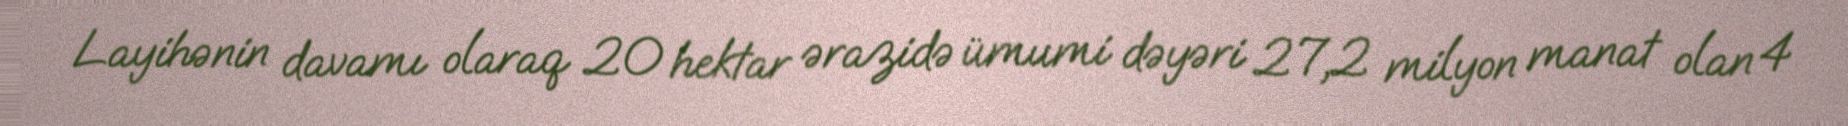
Layihənin davamı olaraq 20 hektar ərazidə ümumi dəyəri 27,2 milyon manat olan 4